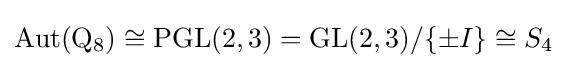
\operatorname {Aut} (\mathrm {Q} _{8})\cong \operatorname {PGL} (2,3)=\operatorname {GL} (2,3)/\{\pm I\}\cong S_{4}